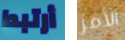
أرتبط الأمر